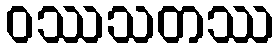
ဝဿသတဿ